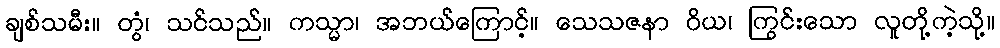
ချစ်သမီး။ တွံ၊ သင်သည်။ ကသ္မာ၊ အဘယ်ကြောင့်။ သေသဇနာ ဝိယ၊ ကြွင်းသော လူတို့ကဲ့သို့။